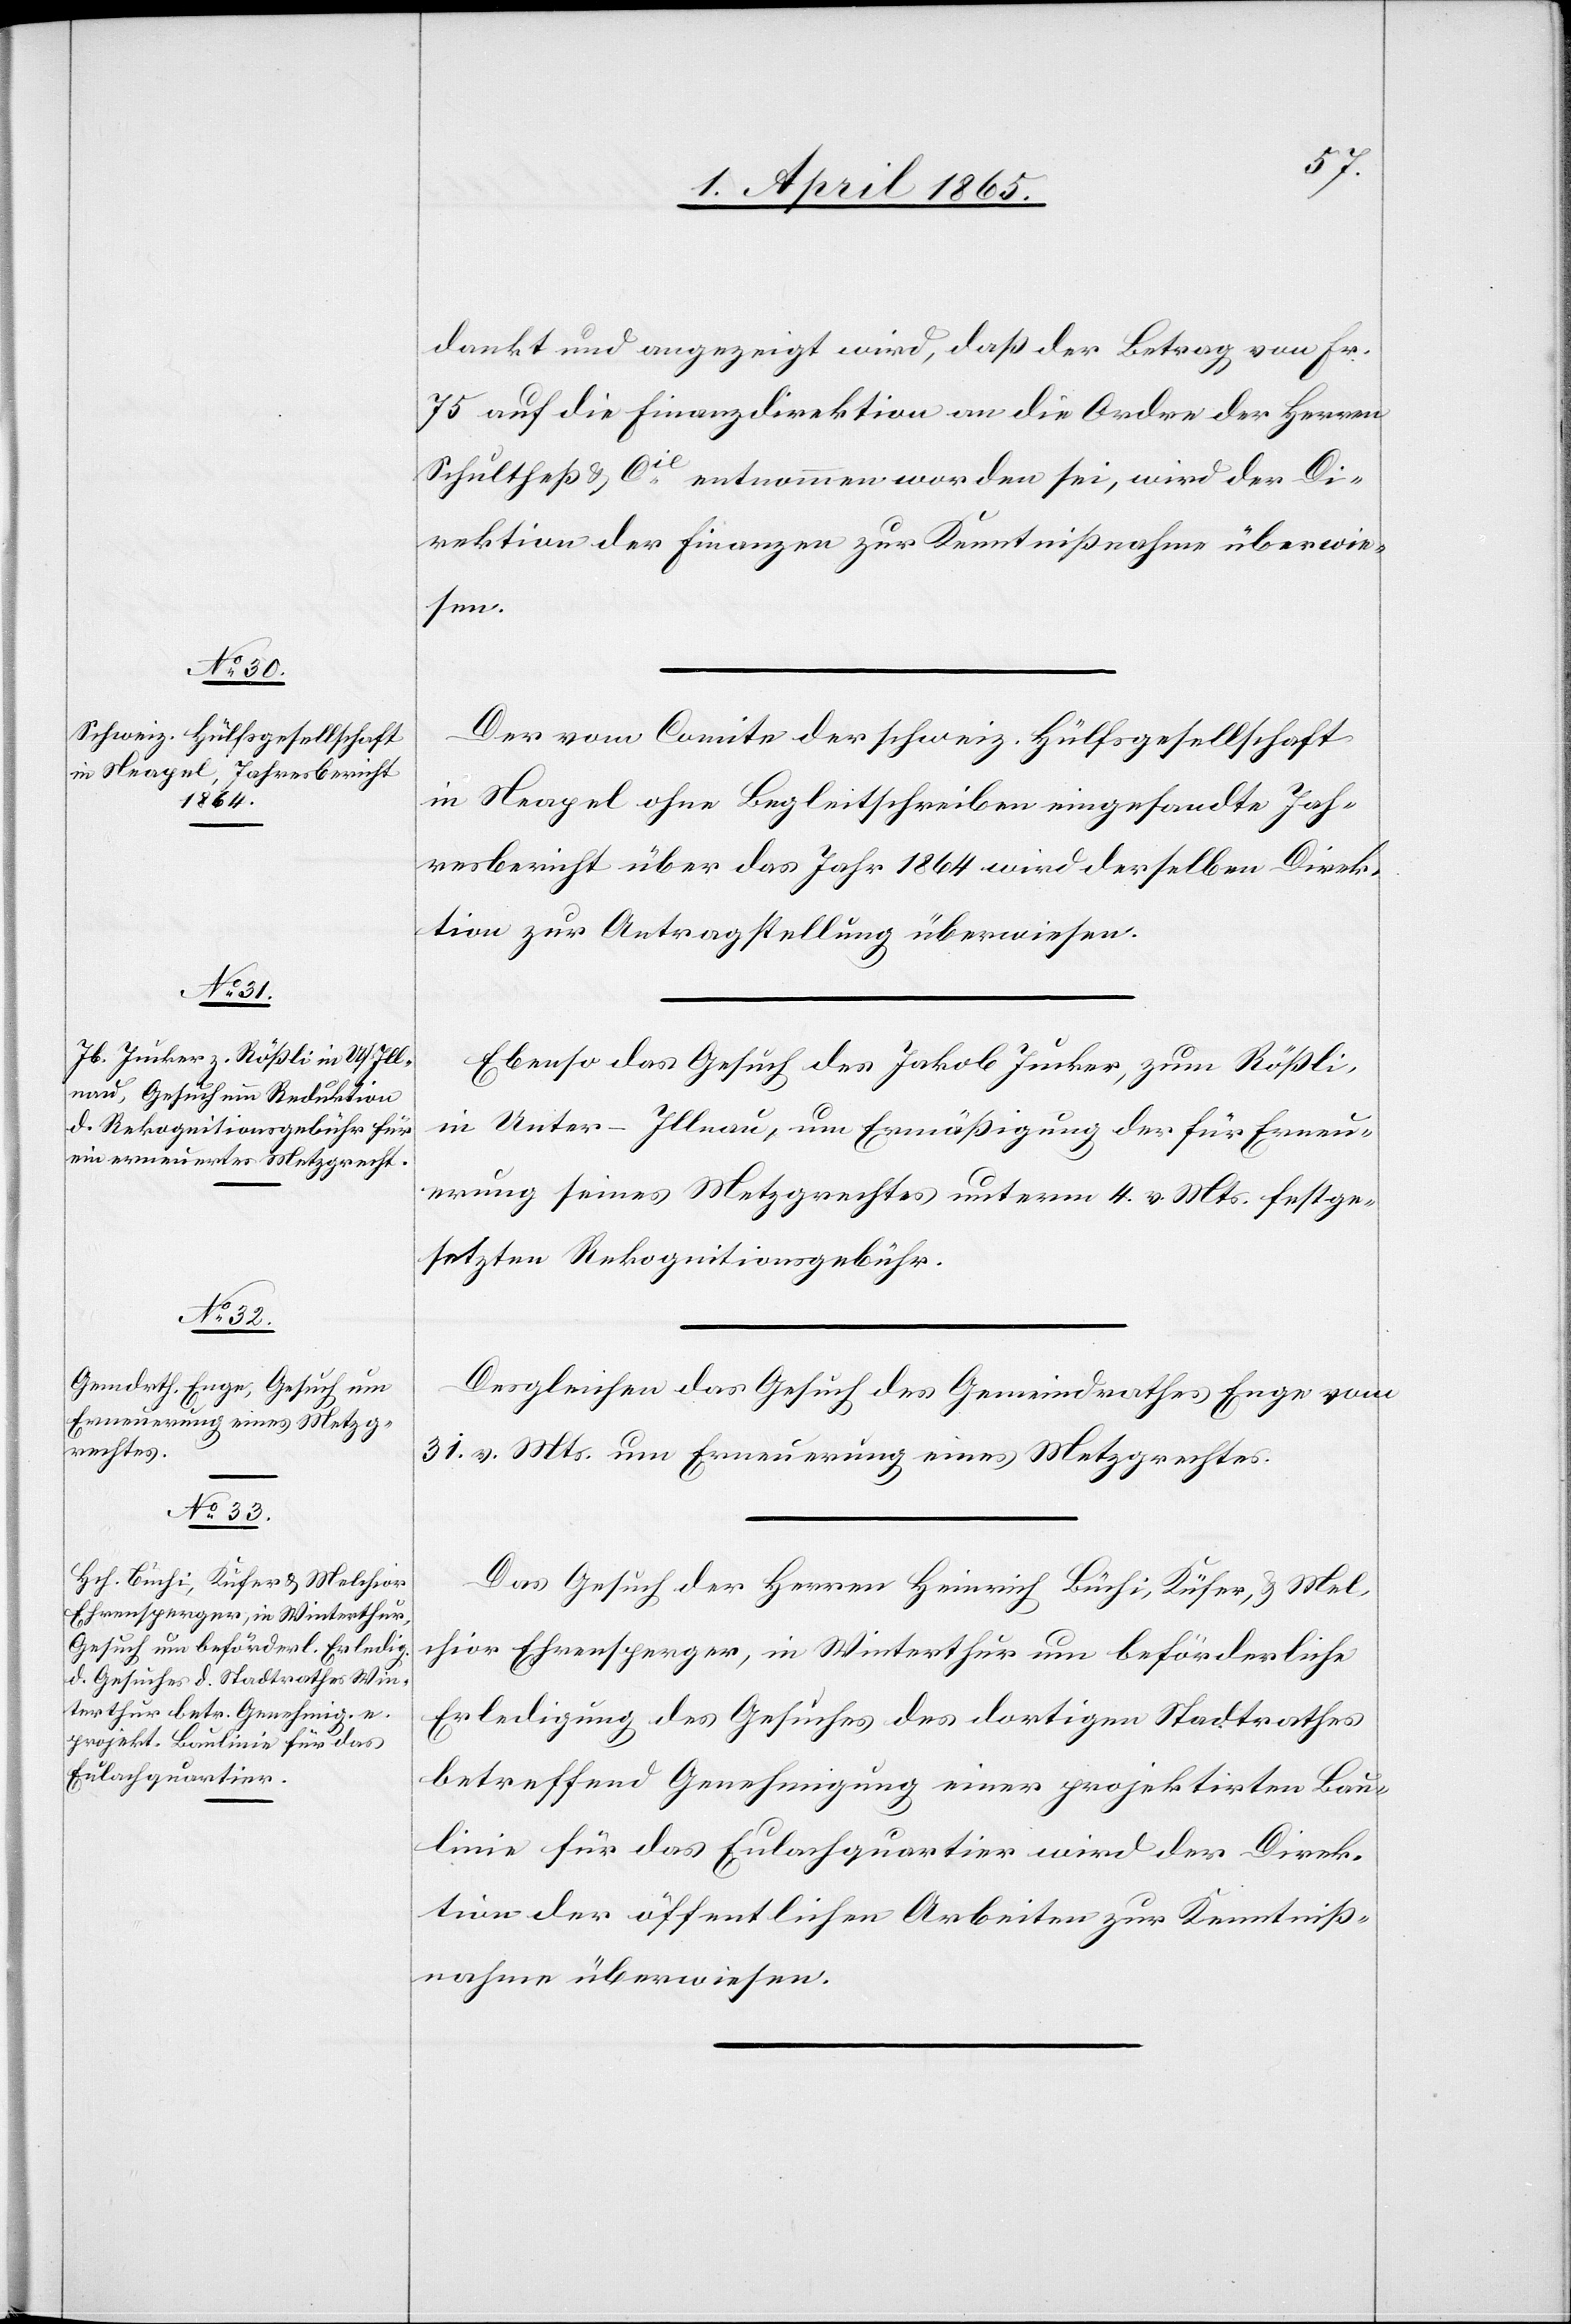
3. April 1865.]
dankt und angezeigt wird, daß der Betrag von Fr.
75 auf die Finanzdirektion an die Ordre der Herren
Schultheß & Cie entnommen worden sei, wird der Di¬
rektion der Finanzen zur Kenntnißnahme überwie¬
sen.
Der vom Comite der schweiz. Hülfsgesellschaft
in Neapel ohne Begleitschreiben eingesandte Jah¬
resbericht über das Jahr 1864 wird derselben Direk¬
tion zur Antragstellung überwiesen.
Ebenso das Gesuch des Jakob Jucker, zum Rößli,
in Unter-Illnau, um Ermäßigung der für Erneu¬
erung seines Meztgrechtes unterm 4. v. Mts. festge¬
setzten Rekognitionsgebühr.
Desgleichen das Gesuch des Gemeindrathes Enge vom
31. v. Mts. um Erneuerung eines Metzgrechtes.
Das Gesuch der Herren Heinrich Büchi, Küfer, & Mel¬
chior Ehrensperger, in Winterthur um beförderliche
Erledigung des Gesuches des dortigen Stadtrathes
betreffend Genehmigung einer projektirten Bau¬
linie für das Eulachquartier wird der Direk¬
tion der öffentlichen Arbeiten zur Kenntniß¬
nahme überwiesen.